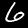
Label: 6